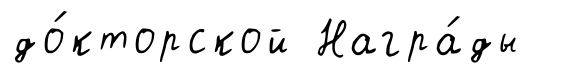
до́кторской Награ́ды